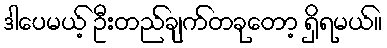
ဒါပေမယ့် ဦးတည်ချက်တခုတော့ ရှိရမယ်။